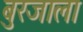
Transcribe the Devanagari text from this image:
बुरजाला